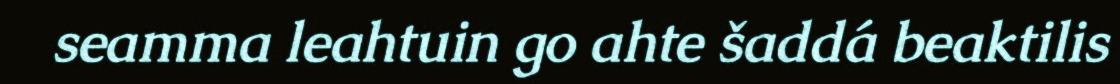
seamma leahtuin go ahte šaddá beaktilis